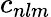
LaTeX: c_{nlm}